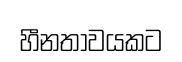
හීනතාවයකට